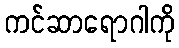
ကင်ဆာရောဂါကို